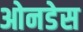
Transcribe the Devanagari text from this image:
ओनडेस